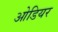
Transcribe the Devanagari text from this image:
ओडियर